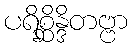
ပရိစ္ဆိန္ဒိတဗ္ဗာ